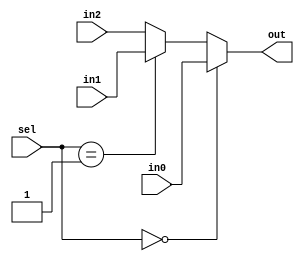
module Mux5 (input[1:0] sel, input [31:0] in0, input [31:0] in1, input [31:0] in2, output [31:0] out);
     assign out = (sel == 2'd0) ? in0 :
                (sel == 2'd1) ? in1 : in2;
endmodule // Mux5